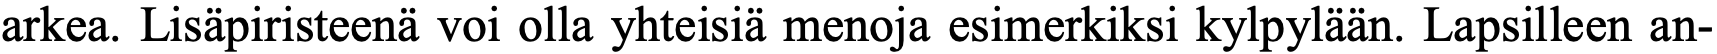
arkea. Lisäpiristeenä voi olla yhteisiä menoja esimerkiksi kylpylään. Lapsilleen an-